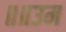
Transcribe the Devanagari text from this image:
॥॥उम